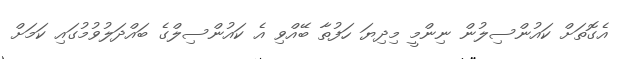
އެގޮތަށް ކައުންސިލުން ނިންމީ މިދިޔަ ހަފުތާ ބޭއްވި އެ ކައުންސިލްގެ ބައްދަލުވުމުގައި ކަމަށް